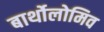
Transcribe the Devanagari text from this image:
बार्थोलोमिव